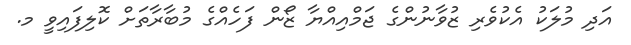
އަދި މުލަކު އެކުވެރި ޒުވާނުންގެ ޖަމްއިއްޔާ ޒޯން ފަހެއްގެ މުބާރާތަށް ކޮލިފައިވީ މ.